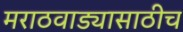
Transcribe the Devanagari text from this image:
मराठवाड्यासाठीच